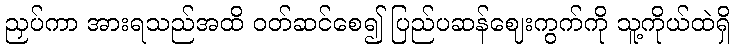
ညှပ်ကာ အားရသည်အထိ ဝတ်ဆင်စေ၍ ပြည်ပဆန်ဈေးကွက်ကို သူ့ကိုယ်ထဲရှိ